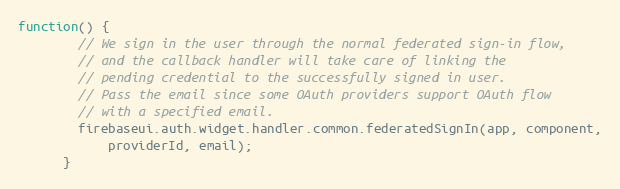
Language: JavaScript
function() {
        // We sign in the user through the normal federated sign-in flow,
        // and the callback handler will take care of linking the
        // pending credential to the successfully signed in user.
        // Pass the email since some OAuth providers support OAuth flow
        // with a specified email.
        firebaseui.auth.widget.handler.common.federatedSignIn(app, component,
            providerId, email);
      }